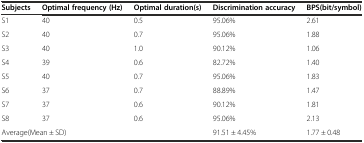
| Subjects | Optimal frequency (Hz) | Optimal duration(s) | Discrimination accuracy | BPS(bit/symbol) |
 | --- | --- | --- | --- | --- |
 | S1 | 40 | 0.5 | 95.06% | 2.61 |
 | S2 | 40 | 0.7 | 95.06% | 1.88 |
 | S3 | 40 | 1.0 | 90.12% | 1.06 |
 | S4 | 39 | 0.6 | 82.72% | 1.40 |
 | S5 | 40 | 0.7 | 95.06% | 1.83 |
 | S6 | 37 | 0.7 | 88.89% | 1.47 |
 | S7 | 37 | 0.6 | 90.12% | 1.81 |
 | S8 | 37 | 0.6 | 95.06% | 2.13 |
 | <COLSPAN=3> Average(Mean ± SD) | 91.51 ± 4.45% | 1.77 ± 0.48 |